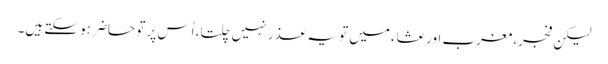
لیکن فجر، مغرب اور عشاء میں تو یہ عذر نہیں چلتا، اُس پر تو حاضر ہو سکتے ہیں۔